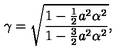
\gamma = \sqrt { \frac { 1 - \frac 1 2 { a ^ { 2 } \alpha ^ { 2 } } } { 1 - \frac { 3 } { 2 } a ^ { 2 } \alpha ^ { 2 } } } ,